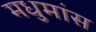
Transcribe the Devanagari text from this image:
मधुमांस